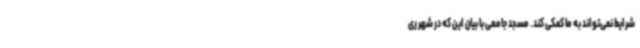
شرایط نمی‌تواند به ما کمکی کند. مسجد جامعی با بیان این که در شهر ری